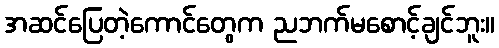
အဆင်ပြေတဲ့ကောင်တွေက ညဘက်မစောင့်ချင်ဘူး။